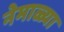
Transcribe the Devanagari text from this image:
नेमाळ्या